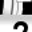
Digit: 2